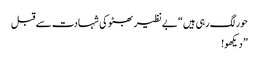
حور لگ رہی ہیں“ بے نظیر بھٹو کی شہادت سے قبل
” دیکھو!